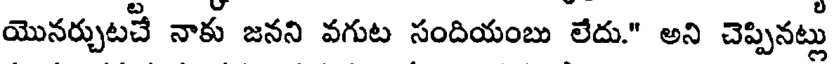
యొనర్చుటచే నాకు జనని వగుట సందియంబు లేదు." అని చెప్పినట్లు